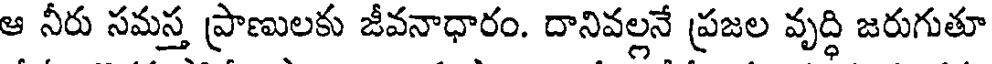
ఆ నీరు సమస్త ప్రాణులకు జీవనాధారం. దానివల్లనే ప్రజల వృద్ధి జరుగుతూ